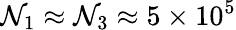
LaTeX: \mathcal{N}_{1}\approx\mathcal{N}_{3}\approx5\times10^{5}